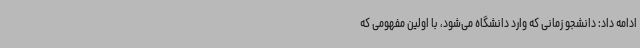
ادامه داد: دانشجو زمانی که وارد دانشگاه می‌شود، با اولین مفهومی که